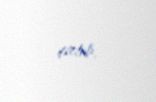
çatıb.